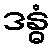
ဒန္ဓံ